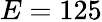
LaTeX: E=125